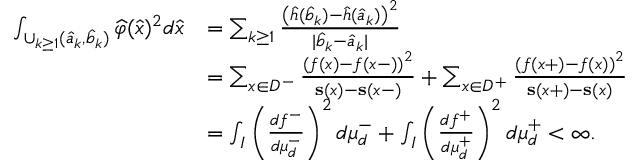
\begin{array} { r l } { \int _ { \cup _ { k \geq 1 } ( \widehat { a } _ { k } , \widehat { b } _ { k } ) } \widehat { \varphi } ( \widehat { x } ) ^ { 2 } d \widehat { x } } & { = \sum _ { k \geq 1 } \frac { \left( \widehat { h } ( \widehat b _ { k } ) - \widehat { h } ( \widehat a _ { k } ) \right) ^ { 2 } } { | \widehat { b } _ { k } - \widehat { a } _ { k } | } } \\ & { = \sum _ { x \in D ^ { - } } \frac { \left( f ( x ) - f ( x - ) \right) ^ { 2 } } { \mathbf { s } ( x ) - \mathbf { s } ( x - ) } + \sum _ { x \in D ^ { + } } \frac { \left( f ( x + ) - f ( x ) \right) ^ { 2 } } { \mathbf { s } ( x + ) - \mathbf { s } ( x ) } } \\ & { = \int _ { I } \left( \frac { d f ^ { - } } { d \mu _ { d } ^ { - } } \right) ^ { 2 } d \mu _ { d } ^ { - } + \int _ { I } \left( \frac { d f ^ { + } } { d \mu _ { d } ^ { + } } \right) ^ { 2 } d \mu _ { d } ^ { + } < \infty . } \end{array}